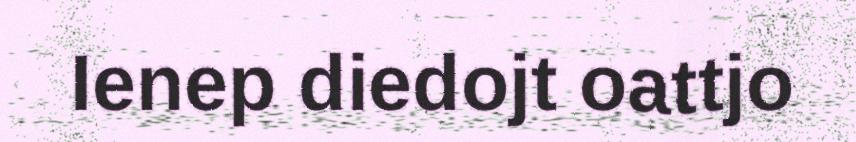
Ienep diedojt oattjo